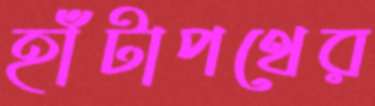
হাঁটাপথের